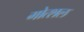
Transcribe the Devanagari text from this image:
गोत्शल